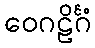
ဝေဂဠိင်္ဂံ